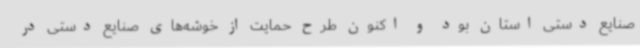
صنایع دستی استان بود و اکنون طرح حمایت از خوشه‌های صنایع دستی در